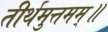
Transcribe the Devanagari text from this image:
तीर्थमुत्तमम्‌॥